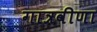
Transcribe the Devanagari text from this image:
गात्रवीणा